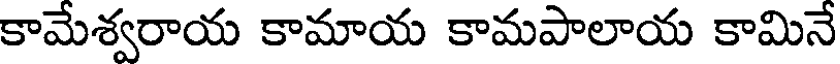
కామేశ్వరాయ కామాయ కామపాలాయ కామినే